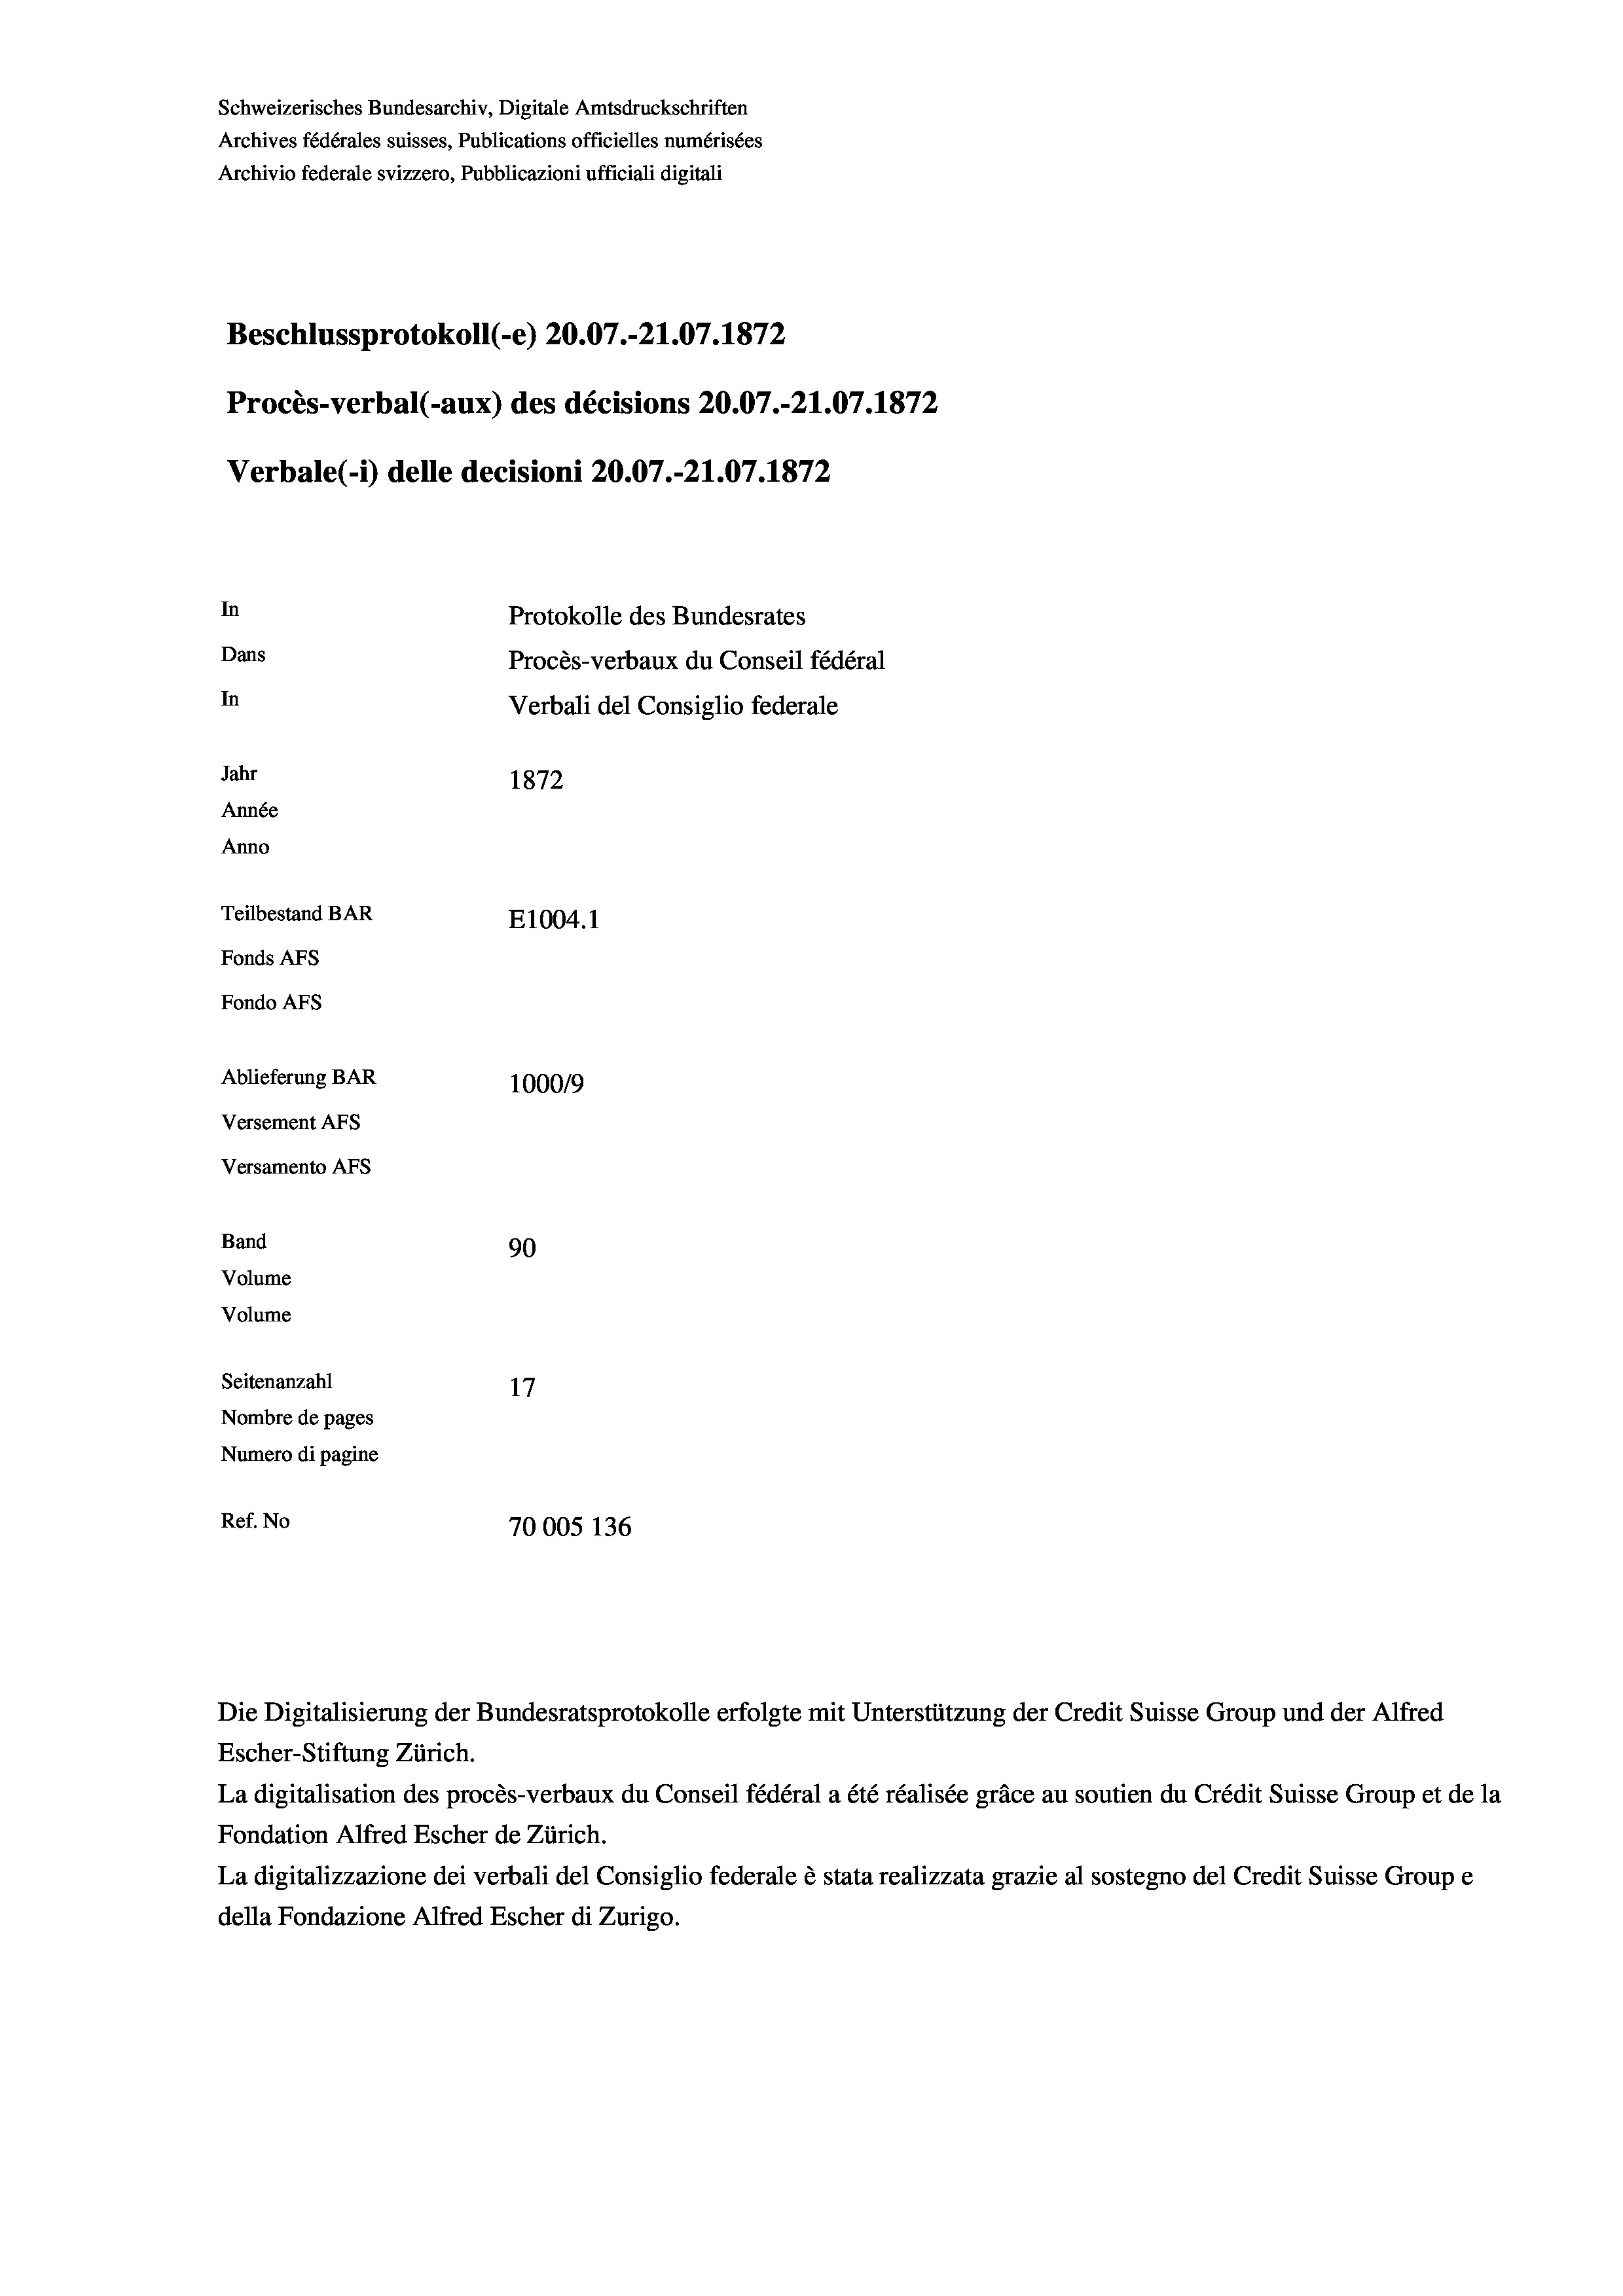
Schweizerisches Bundesarchiv, Digitale Amtsdruckschriften
Archives fédérales suisses, Publications officielles numérisées
Archivio federale svizzero, Pubblicazioni ufficiali digitali
Beschlussprotokoll (-e) 20.07.-21.07. 1872
Procès-verbal (-aux) des décisions 20.07.-21.07. 1872
Verbale (- 1) delle decisioni 20.07.-21.07. 1872
In
Protokolle des Bundesrates
Dans
Procès-verbaux du Conseil fédéral
In
Verbali del Consiglio federale
Jahr
1872
Année
Anno
Teilbestand BAR
E1004. 1
Fonds AFs
Fondo Afs
Ablieferung BAR
100019
Versement AFs
Versamento AFs
Band
90
Volume
Volume
Seitenanzahl
17
Nombre de pages
Numero di pagine
Ref. No
70005 136

Escher-Stiftung Zürich.
La digitalisation des procès-verbaux du Conseil fédéral a été réalisée gräce au soutien du Crédit Suisse Group et de la
Fondation Alfred Escher de Zürich.
La digitalizzazione dei verbali del Consiglio federale è stata realizzata grazie al sostegno del Credit Suisse Groupe
della Fondazione Alfred Escher di Zurigo.

Die Digitalisierung der Bundesratsprotokolle erfolgte mit Unterstützung der Credit Suisse Group und der Alfred